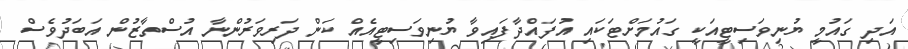
އަދި ގައުމީ ޔުނިވަސިޓީއަކީ ގައުމަށްޓަކައި އުފައްދާފައިވާ ޔުނިވަސިޓީއެއް ކަން ދަރިވަރުންނާ އުސްތާޒުން އަބަދުވެސް